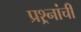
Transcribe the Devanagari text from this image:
प्रश्र्नांची